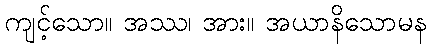
ကျင့်သော။ အဿ၊ အား။ အယာနိသောမန